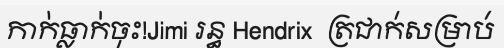
កាក់ធ្លាក់ចុះ!Jimi រន្ធ Hendrix  ត្រជាក់សម្រាប់